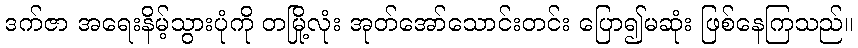
ဒက်ဇာ အရေးနိမ့်သွားပုံကို တမြို့လုံး အုတ်အော်သောင်းတင်း ပြော၍မဆုံး ဖြစ်နေကြသည်။